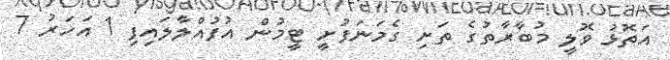
އަތޮޅު ވޮލީ މުބާރާތުގެ ތަށި ގެމަނަފުށީ ޓީމުން އުފުއްލާލައިފި 1 އަހަރު 7